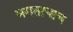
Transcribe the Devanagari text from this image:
भगताचाच